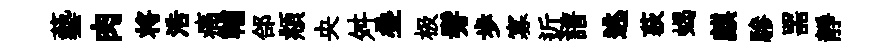
藝肉将浩痛輔郃頫央舛叠极髣歩寡近譜逃荻蝎麒驂噐靜